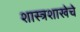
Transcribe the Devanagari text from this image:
शास्त्रशाखेचे